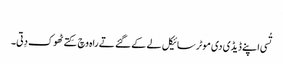
‏
تُسی اپنے ڈیڈی دی موٹر سائیکل لے کے گئے تے راہ وچ کِتے ٹھوک دِتی۔